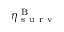
\eta _ { \mathrm { ~ s ~ u ~ r ~ v ~ } } ^ { \mathrm { ~ B ~ } }